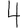
Digit: 4